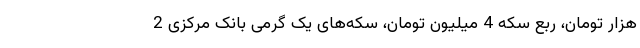
هزار تومان، ربع سکه 4 میلیون تومان، سکه‌های یک گرمی بانک مرکزی 2